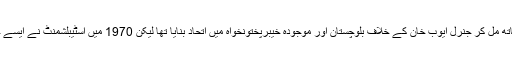
مفتی محمود دراصل وہ شخصیت تھے جنہوں نے موجودہ عوامی نیشنل پارٹی کے ساتھ مل کر جنرل ایوب خان کے خلاف بلوچستان اور موجودہ خیبرپختونخواہ میں اتحاد بنایا تھا لیکن 1970 میں اسٹیبلشمنٹ نے ایسے حالات پیدا کیئے کہ اس اتحادی حکومت کو مستعفٰی ہونا پڑا اور ان کا اتحاد ٹوٹ گیا۔